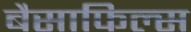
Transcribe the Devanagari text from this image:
बैसाफिल्स